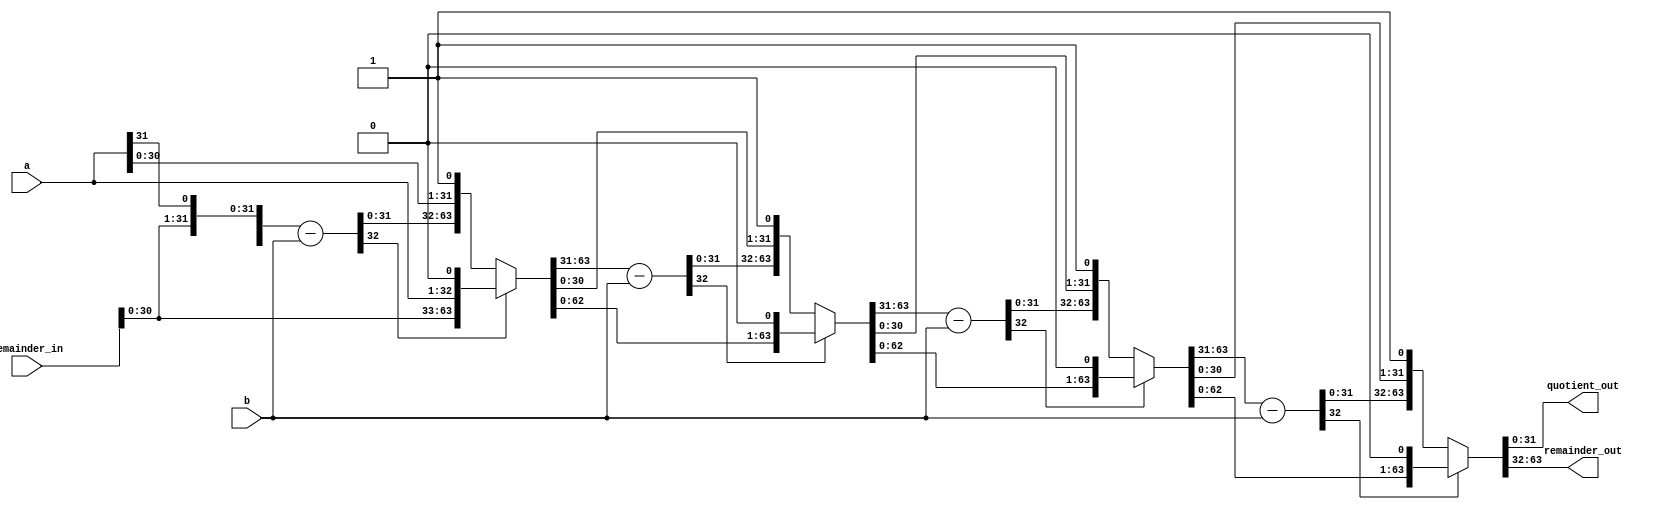
module mips_div_stage #(
                       parameter WIDTH=32,
                       parameter STAGE=4
                       )

                       (
                       input[WIDTH-1:0]   a,
                       input[WIDTH-1:0]   b,
                       input[WIDTH-1:0]   remainder_in,

                       output[WIDTH-1:0]  quotient_out,
                       output[WIDTH-1:0]  remainder_out
                       );




  wire[WIDTH:0]       result_temp[WIDTH:0];
  wire[(WIDTH*2)-1:0] qr[WIDTH:0];
  wire[WIDTH:0]       divisor;




  assign qr[WIDTH]={remainder_in,a[WIDTH-1:0]};
  assign divisor={1'b0,b[WIDTH-1:0]};

  generate
  genvar gi;

  for(gi=WIDTH;gi>(WIDTH-STAGE);gi=gi-1)
    begin:gen
    assign result_temp[gi-1]= qr[gi][(WIDTH*2)-1:WIDTH-1]-divisor;
    assign qr[gi-1]=  result_temp[gi-1][WIDTH] ? {qr[gi][(WIDTH*2)-2:0],1'd0} :
                      {result_temp[gi-1][WIDTH-1:0],qr[gi][WIDTH-2:0],1'd1};
    end

  endgenerate

  assign quotient_out[WIDTH-1:0]= qr[WIDTH-STAGE][WIDTH-1:0];
  assign remainder_out[WIDTH-1:0]= qr[WIDTH-STAGE][(2*WIDTH)-1:WIDTH];




endmodule